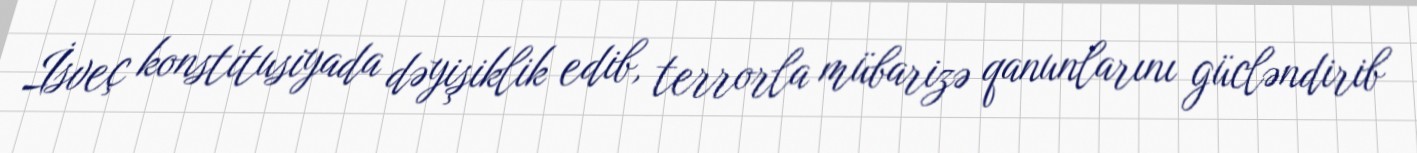
İsveç konstitusiyada dəyişiklik edib, terrorla mübarizə qanunlarını gücləndirib